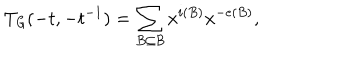
LaTeX: T _ { \mathit { G } } ( - t , - t ^ { - 1 } ) = \sum _ { B \subseteq \mathcal { B } } x ^ { i ( B ) } x ^ { - e ( B ) } ,